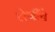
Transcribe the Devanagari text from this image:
लेणींचे